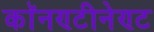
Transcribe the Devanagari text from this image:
काॅनण्टीनेण्ट